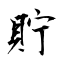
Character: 貯